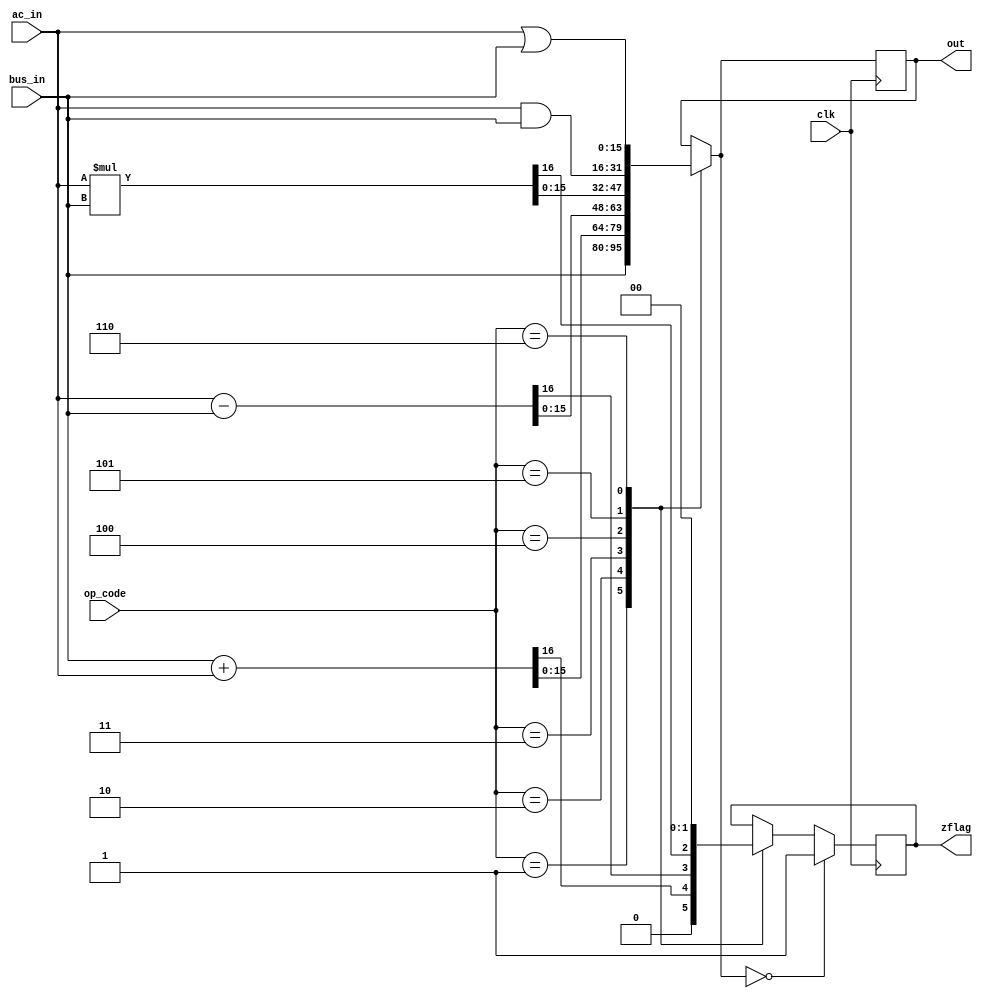
module main_alu ( input clk,
                  input [15:0] bus_in,
                  input [15:0] ac_in,
                  input [3:0] op_code,
                  output reg [15:0] out,
                  output reg [0:0] zflag =1'd0
                  );
                  
                  always @(negedge clk)
                    begin
                        case (op_code)
                            3'd0: out= out;
                            3'd1: {zflag,out}= bus_in;
                            3'd2: {zflag,out}= bus_in + ac_in;
                            3'd3: {zflag,out}= ac_in - bus_in;
                            3'd4: {zflag,out}= ac_in * bus_in;
                            3'd5: {zflag,out}= ac_in & bus_in;
                            3'd6: {zflag,out}= ac_in | bus_in;
                            
                            default:out= out;
                        endcase
                        if(out == 16'd0) zflag = 1'd1;
                        
                    end
endmodule